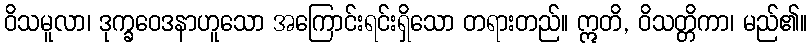
ဝိသမူလာ၊ ဒုက္ခဝေဒနာဟူသော အကြောင်းရင်းရှိသော တရားတည်။ ဣတိ, ဝိသတ္တိကာ၊ မည်၏။